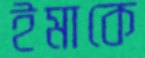
ইমাকে